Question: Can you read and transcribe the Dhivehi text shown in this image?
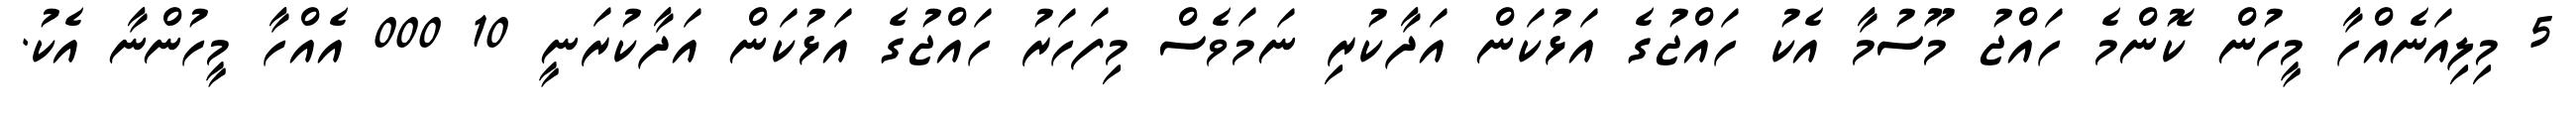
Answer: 5 މިލިއަނެއްހާ މީހުން ކޮންމެ ހައްޖު މޫސުމާ އެކު ހައްޖުގެ އަޅުކަން އަދާކުރި ނަމަވެސް މިފަހަރު ހައްޖުގެ އަޅުކަން އަދާކުރަނީ 10 000 އެއްހާ މީހުންނާ އެކު.